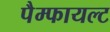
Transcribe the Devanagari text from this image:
पैम्फायल्ट